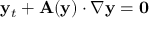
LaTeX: \mathbf { y } _ { t } + \mathbf { A } ( \mathbf { y } ) \cdot \nabla \mathbf { y } = \mathbf { 0 }